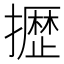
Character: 𫾐